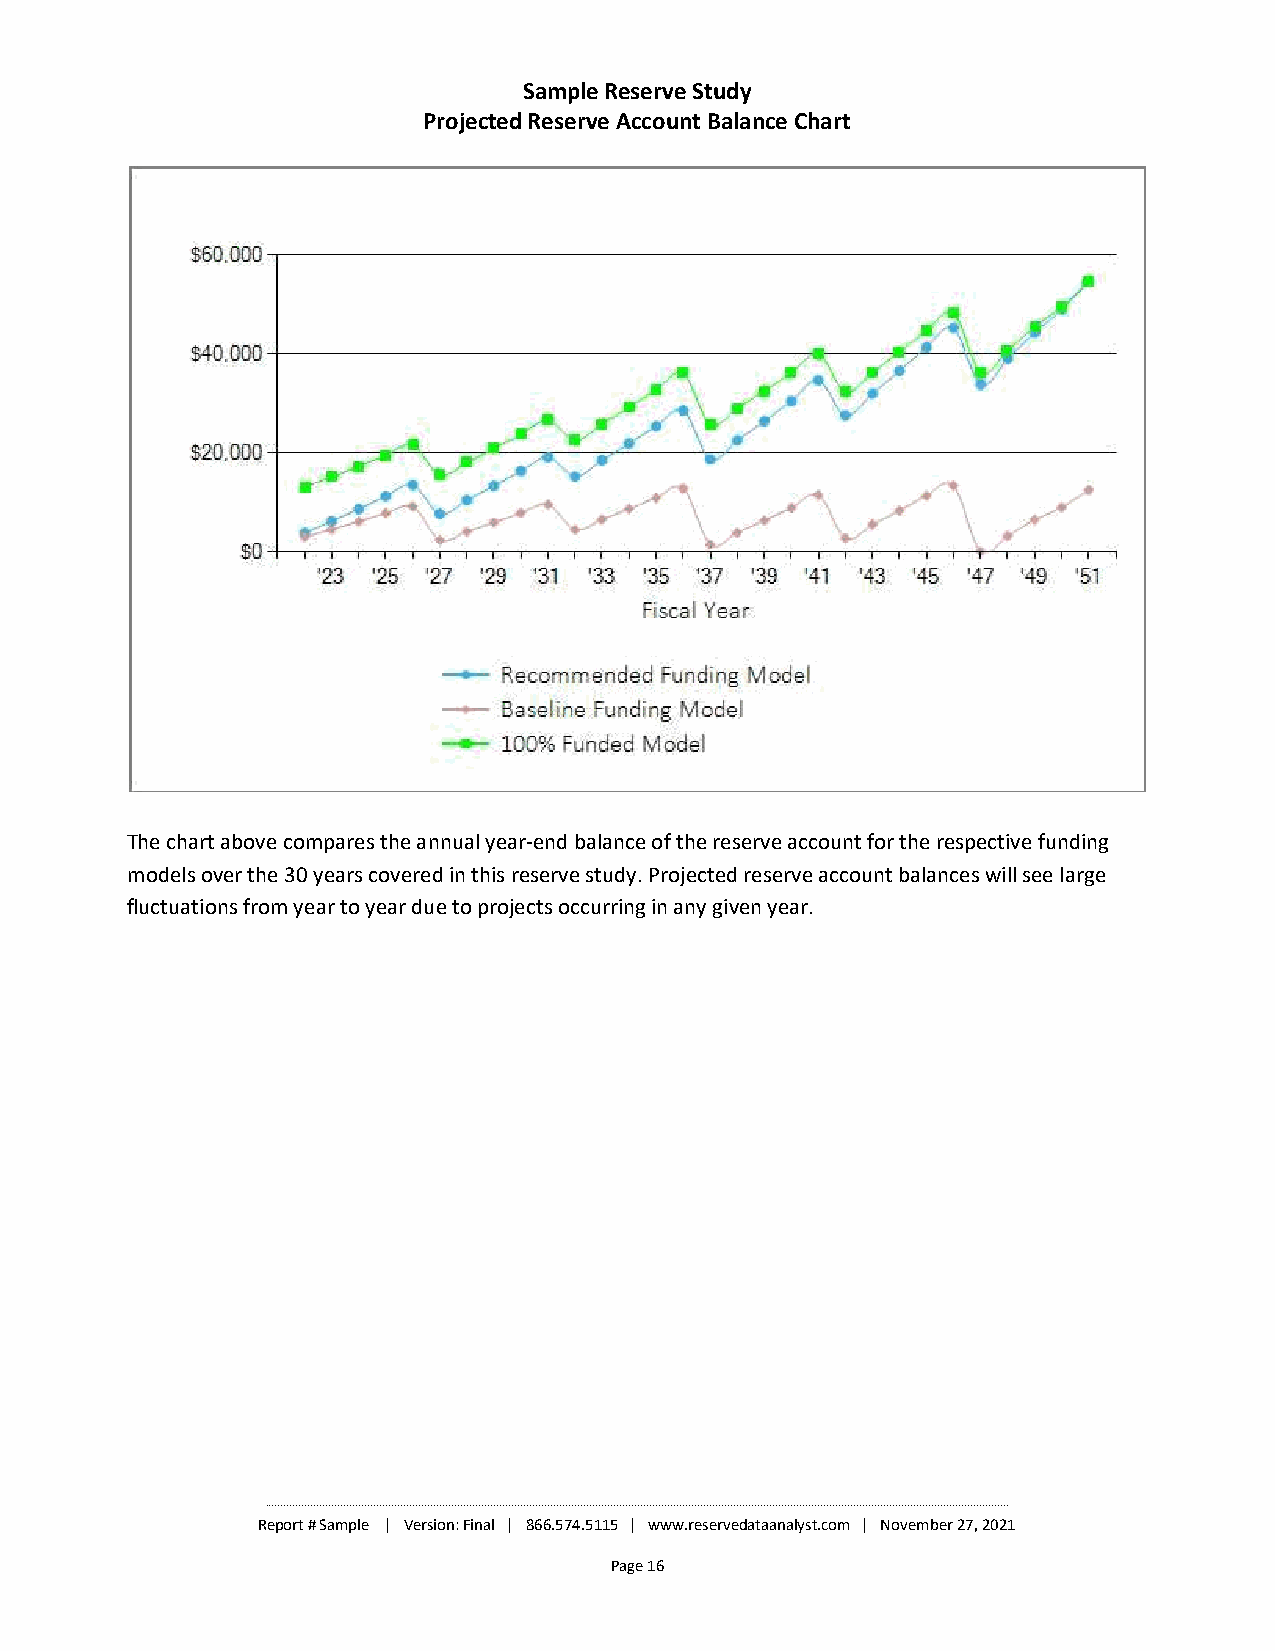
Sample Reserve Study
 Projected Reserve Account Balance Chart
 The chart above compares the annual year-end balance of the reserve account for the respective funding
 models over the 30 years covered in this reserve study. Projected reserve account balances will see large
 fluctuations from year to year due to projects occurring in any given year.
 ________________________________________________________________________________________________________________________________________________________________________________________________________________________________________________________
 Report # Sample | Version: Final | 866.574.5115 | www.reservedataanalyst.com | November 27, 2021
 Page 16